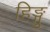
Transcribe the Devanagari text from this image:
हिङ्गु